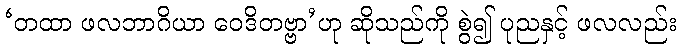
‘တထာ ဖလဘာဂိယာ ဝေဒိတဗ္ဗာ’ဟု ဆိုသည်ကို စွဲ၍ ပုညနှင့် ဖလလည်း